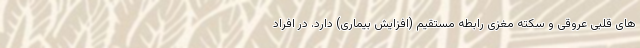
های قلبی عروقی و سکته مغزی رابطه مستقیم (افزایش بیماری) دارد. در افراد